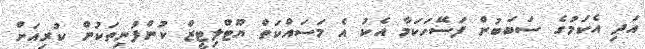
އަދި އެކަމުގެ ސަބަބުން ފަސޭހަކަމާ އެކު އެ މަސައްކަތް ޔޫޓްލިޓީޒް ކުންފުނިތަކުން ކުރިއަށް